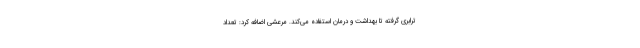
ترابری گرفته تا بهداشت و درمان استفاده می‌کند. مرعشی اضافه کرد: تعداد